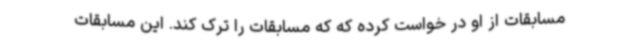
مسابقات از او در خواست کرده که که مسابقات را ترک کند. این مسابقات